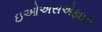
ઇઓએસએફઇટી